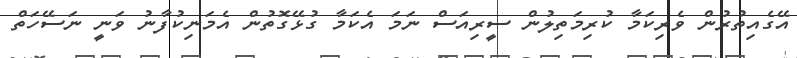
އޭގެއިތުރުން ވެރިކަމާ ކުރިމަތިލުން ސީރިއަސް ނަމަ އެކަމާ ގުޅޭގޮތުން އެމަނިކުފާނު ވަނީ ނަސޭހަތް